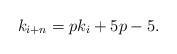
LaTeX: \begin{align*} k_{i+n}=pk_{i}+5p-5. \end{align*}